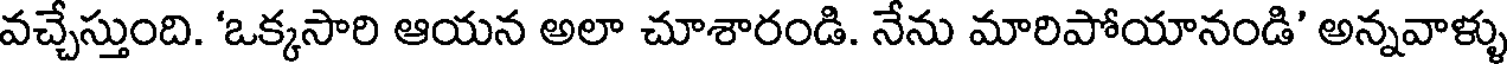
వచ్చేస్తుంది. 'ఒక్కసారి ఆయన అలా చూశారండి. నేను మారిపోయానండి' అన్నవాళ్ళు